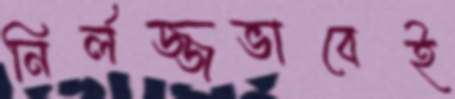
নির্লজ্জভাবেই